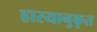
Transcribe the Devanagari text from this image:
हास्यानुकृत